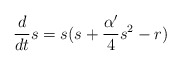
\begin{align*}\frac{d}{dt}s=s(s+\frac{\alpha'}{4}s^2-r)\end{align*}